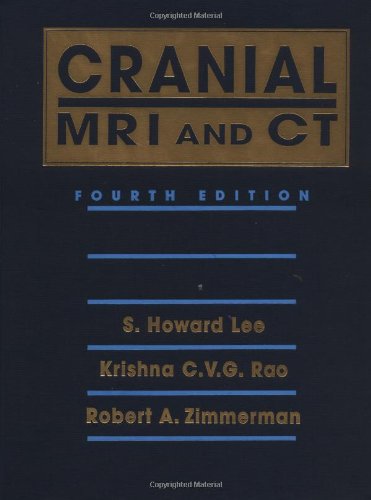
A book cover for Cranial and Spinal MRI and CT; S. Howard Lee; Health, Fitness & Dieting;